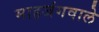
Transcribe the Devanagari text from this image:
माहजंगवाले